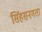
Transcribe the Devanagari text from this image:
सिंहसनगता